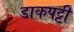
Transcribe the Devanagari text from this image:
डाकपट्टी